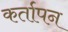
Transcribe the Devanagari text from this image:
कर्तापन